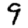
Digit: 9